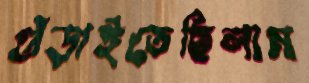
গুঁড়াইতেছিলাম